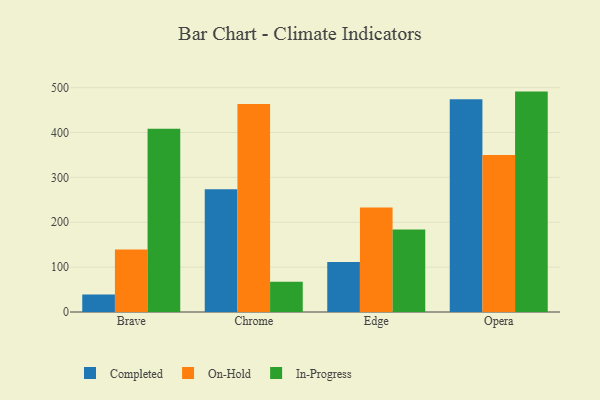
{"axis": {"x": "Browser", "y": "Headcount"}, "legend": ["Completed", "In-Progress", "On-Hold"], "data": [{"x": "Brave", "y": 39.2, "type": "Completed"}, {"x": "Brave", "y": 139.4, "type": "On-Hold"}, {"x": "Brave", "y": 408.2, "type": "In-Progress"}, {"x": "Chrome", "y": 273.4, "type": "Completed"}, {"x": "Chrome", "y": 463.3, "type": "On-Hold"}, {"x": "Chrome", "y": 67.4, "type": "In-Progress"}, {"x": "Edge", "y": 111.4, "type": "Completed"}, {"x": "Edge", "y": 233.0, "type": "On-Hold"}, {"x": "Edge", "y": 183.8, "type": "In-Progress"}, {"x": "Opera", "y": 474.0, "type": "Completed"}, {"x": "Opera", "y": 350.0, "type": "On-Hold"}, {"x": "Opera", "y": 491.2, "type": "In-Progress"}]}